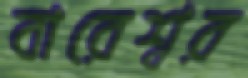
বারেশ্বর